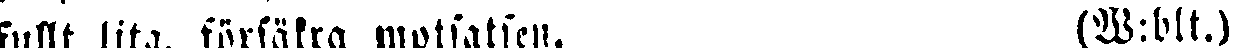
fullt lita. försäkra motsatsen. (W:blt.)